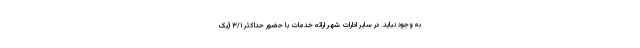
به وجود نیاید. در سایر ادارات شهر ارائه خدمات با حضور حداکثر ۳/۱ (یک